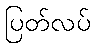
ပြတ်လပ်